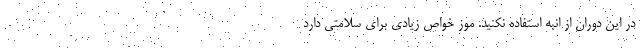
در این دوران از انبه استفاده نکنید. موز خواص زیادی برای سلامتی دارد